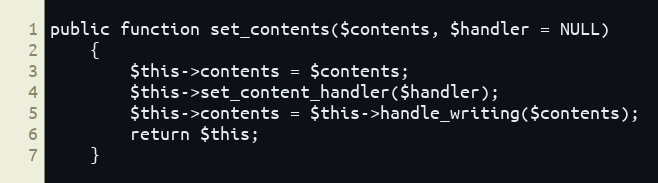
Language: PHP
public function set_contents($contents, $handler = NULL)
	{
		$this->contents = $contents;
		$this->set_content_handler($handler);
		$this->contents = $this->handle_writing($contents);
		return $this;
	}